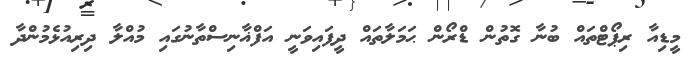
މީޑިއާ ރިޕޯޓްތައް ބުނާ ގޮތުން ޑްރޯން ޙަމަލާތައް ދީފައިވަނީ އަފްޣާނިސްތާނުގައި މުއްލާ ދިރިއުޅެމުންދާ